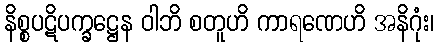
နိစ္စပဋိပက္ခဋ္ဌေန ဝါဘိ စတူဟိ ကာရဏေဟိ အနိဂုံး၊